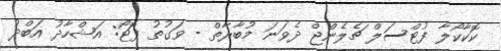
ކޮކާކޯލާ ފުޓްސަލް ޗެލެންޖް ދެވަނަ މުބާރާތް - ވަގުތު ފޮޓޯ: އަޝްހާދު އަބްދު